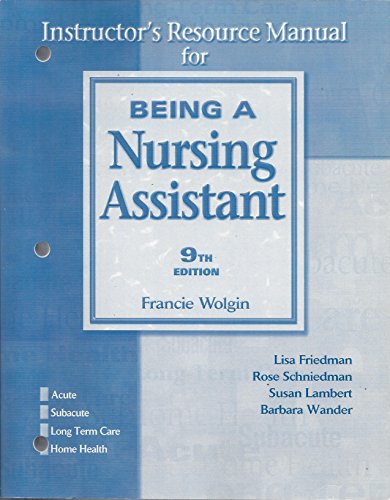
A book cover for Instructor's Resource Manual for Being A Nursing Assistant 9th Edition by Francie Wolgin, Lisa Friedman, Rose Schniedman, Susan Lamber (2005) Paperback; Francie Wolgin; Medical Books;